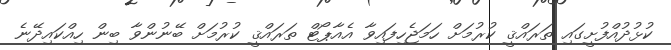
ކުޅުދުއްފުށީގައި ތަރައްޤީ ކުރުމަށް ހަމަޖެހިފައިވާ އެއާޕޯޓް ތަރައްޤީ ކުރުމަށް ބޭނުންވާ ބިން ހިއްކައިދޭނެ